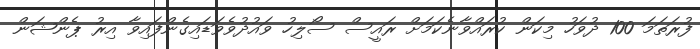
ފުރަތަމަ 100 ދުވަހު މިކަން ކުރައްވާނެކަމަށް ރައީސް ސޯލިހު ވައުދުވެވަޑައިގެންފައިވާ އިރު ޕެންޝަން